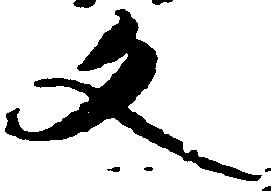
文